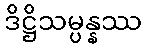
ဒိဋ္ဌိသမ္ပန္နဿ